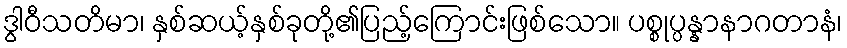
ဒွါဝီသတိမာ၊ နှစ်ဆယ့်နှစ်ခုတို့၏ပြည့်ကြောင်းဖြစ်သော။ ပစ္စုပ္ပန္နာနာဂတာနံ၊